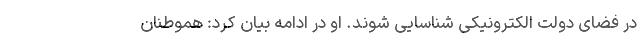
در فضای دولت الکترونیکی شناسایی شوند. او در ادامه بیان کرد: هموطنان